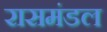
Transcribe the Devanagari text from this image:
रासमंडल